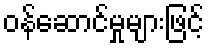
ဝန်ဆောင်မှုများဖြင့်